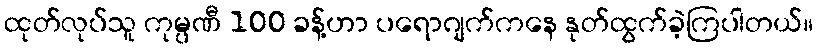
ထုတ်လုပ်သူ ကုမ္ပဏီ 100 ခန့်ဟာ ပရောဂျက်ကနေ နုတ်ထွက်ခဲ့ကြပါတယ်။